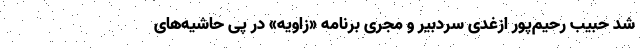
شد حبیب رحیم‌پور ازغدی سردبیر و مجری برنامه «زاویه» در پی حاشیه‌های